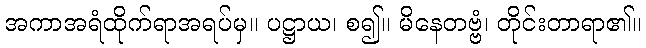
အကာအရံထိုက်ရာအရပ်မှ။ ပဋ္ဌာယ၊ စ၍။ မိနေတဗ္ဗံ၊ တိုင်းတာရာ၏။